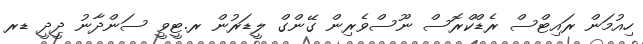
ހިއުމަން ރައިޓްސް ރެޑްކްރޮސް ނޫސްވެރިން ގޭންގް ލީޑަރުން ރ.ޓީވީ ސަންދާނު ދީދީ ޑރ